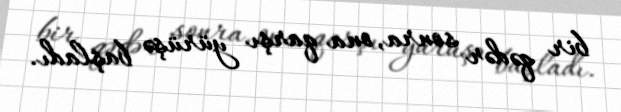
bir qədər sonra, ona qarşı yürüşə başladı.